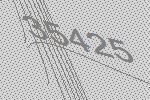
35425